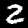
Digit: 2